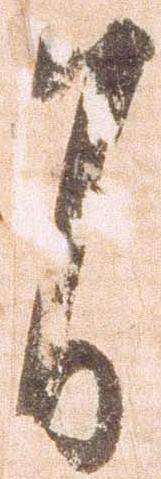
自